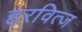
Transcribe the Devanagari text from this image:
हरवित्ज